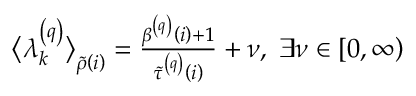
\begin{array} { r } { \big \langle \lambda _ { k } ^ { \left( q \right) } \big \rangle _ { \widetilde { \rho } \left( i \right) } = \frac { \beta ^ { \left( q \right) } \left( i \right) + 1 } { \widetilde { \tau } ^ { \left( q \right) } \left( i \right) } + \nu , \; \exists \nu \in \left[ 0 , \infty \right) } \end{array}